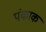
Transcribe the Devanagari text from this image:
पंकाक